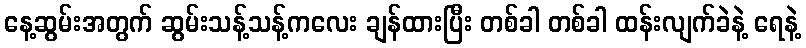
နေ့ဆွမ်းအတွက် ဆွမ်းသန့်သန့်ကလေး ချန်ထားပြီး တစ်ခါ တစ်ခါ ထန်းလျက်ခဲနဲ့ ရေနဲ့